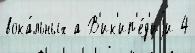
вока́льных а В'ик'ип'е́д'иjи 4